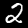
Digit: 2